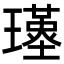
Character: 𤪣